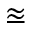
\approxeq